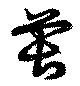
萇